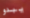
يبدو